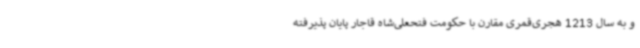
و به سال 1213 هجری‌قمری مقارن با حکومت فتحعلی‌شاه قاجار پایان پذیرفته